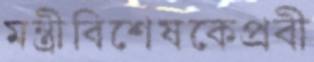
মন্ত্রীবিশেষকেপ্রবী